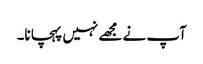
آپ نے مجھے نہیں پہچانا۔